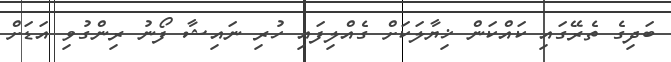
ބަދިގެ ތެރޭގައި ކައްކަން ޚިޔާލަކަށް ގެއްލިފައި ހުރި ނައިޝާ ފޯނު ރިންގުވި އަޑަށް